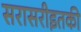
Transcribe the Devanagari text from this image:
सरासरीइतकी